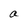
Character: a